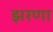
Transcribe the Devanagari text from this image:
झरणा